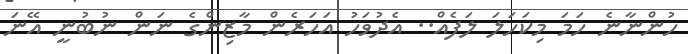
ހުންނާނެ ހަމަ މިކަހަލަ ލަފެއް.. އެދުވަހު އަހަރެން މާޒިންގެ ނަން ނުބުނީ އޭނަ